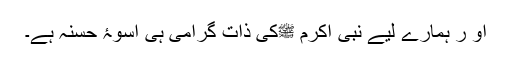
او ر ہمارے لیے نبی اکرم ﷺکی ذات گرامی ہی اسوۂ حسنہ ہے۔